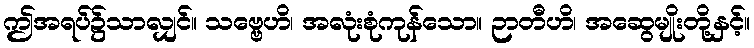
ဤအရပ်၌သာလျှင်။ သဗ္ဗေဟိ၊ အလုံးစုံကုန်သော။ ဉာတီဟိ၊ အဆွေမျိုးတို့နှင့်။